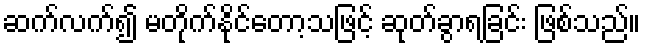
ဆက်လက်၍ မတိုက်နိုင်တော့သဖြင့် ဆုတ်ခွာရခြင်း ဖြစ်သည်။